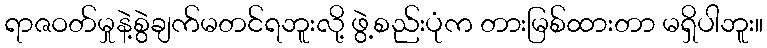
ရာဇဝတ်မှုနဲ့စွဲချက်မတင်ရဘူးလို့ ဖွဲ့စည်းပုံက တားမြစ်ထားတာ မရှိပါဘူး။